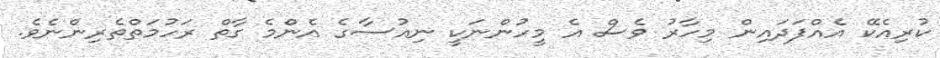
ކުރިއެކޭ އެއްފަދައިން މިހާރު ވެސް އެ މީހުންނަކީ ނިއުސާގެ އެންމެ ގާތް ރަހުމަތްތެރިންނެވެ.